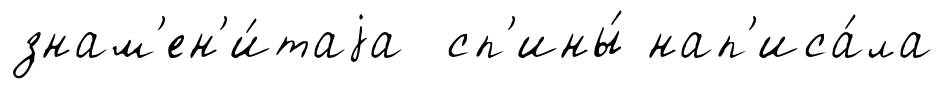
знам'ен'и́таjа сп'ины́ нап'иса́ла